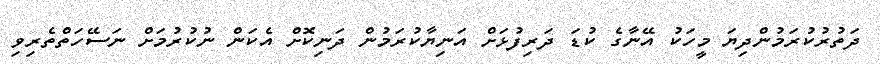
ދަތުރުކުރަމުންދިޔަ މީހަކު އޭނާގެ ކުޑަ ދަރިފުޅަށް އަނިޔާކުރަމުން ދަނިކޮށް އެކަން ނުކުރުމަށް ނަސޭހަތްތެރިވި